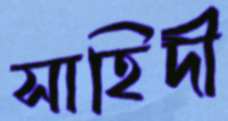
সাহিদী